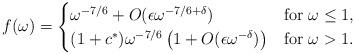
LaTeX: \begin{align*} f(\omega)= \begin{cases} \omega^{-7/6}+O(\epsilon \omega^{-7/6+\delta}) & \mbox{for } \omega\leq 1,\\ (1+c^*) \omega^{-7/6}\left(1+O(\epsilon \omega^{-\delta})\right) &\mbox{for }\omega> 1. \end{cases} \end{align*}